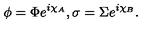
\phi = \Phi e ^ { i \chi _ { A } } , \sigma = \Sigma e ^ { i \chi _ { B } } .